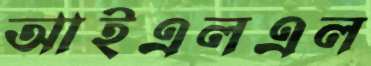
আইএলএল